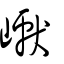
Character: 巘